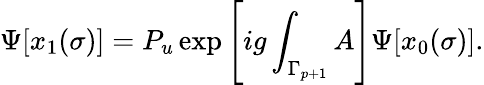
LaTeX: \Psi[x_{1}(\sigma)]=P_{u}\exp\left[ig\int_{\Gamma_{p+1}}A\right]\Psi[x_{0}(\sigma)].